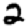
Digit: 2